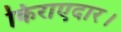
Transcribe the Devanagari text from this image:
किराएदार।